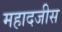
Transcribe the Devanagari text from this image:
महादजीस